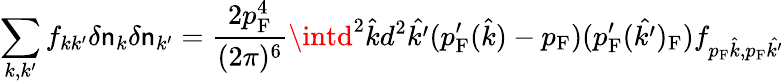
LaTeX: \sum_{k,k^{\prime}}f_{kk^{\prime}}\delta\mathsf{n}_{k}\delta\mathsf{n}_{k^{\prime}}={\frac{{2p_{\mathrm{{{F}}}}^{4}}}{{(2\pi)^{6}}}}\intd^{2}{\hat{{k}}}d^{2}{\hat{{k^{\prime}}}}(p_{\mathrm{{{F}}}}^{\prime}({\hat{{k}}})-p_{\mathrm{{{F}}}})(p_{\mathrm{{{F}}}}^{\prime}({\hat{{k^{\prime}}}})_{\mathrm{{{F}}}})f_{p_{\mathrm{{{F}}}}{\hat{{k}}},p_{\mathrm{{{F}}}}{\hat{{k^{\prime}}}}}